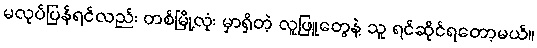
မလုပ်ပြန်ရင်လည်း တစ်မြို့လုံး မှာရှိတဲ့ လူဖြူတွေနဲ့ သူ ရင်ဆိုင်ရတော့မယ်။